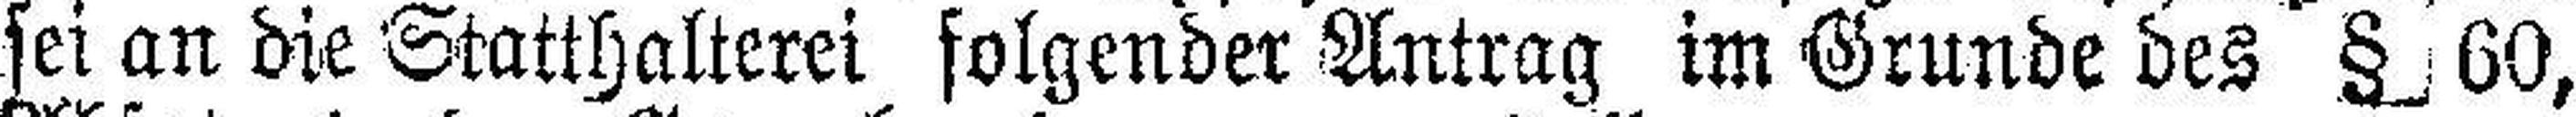
sei an die Statthalterei folgender Antrag im Grunde des §_ 60,